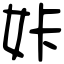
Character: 𡛨